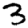
Digit: 3